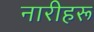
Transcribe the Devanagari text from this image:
नारीहरू